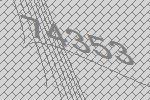
74353